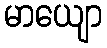
မာယျော